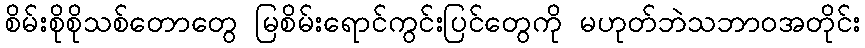
စိမ်းစိုစိုသစ်တောတွေ မြစိမ်းရောင်ကွင်းပြင်တွေကို မဟုတ်ဘဲသဘာဝအတိုင်း